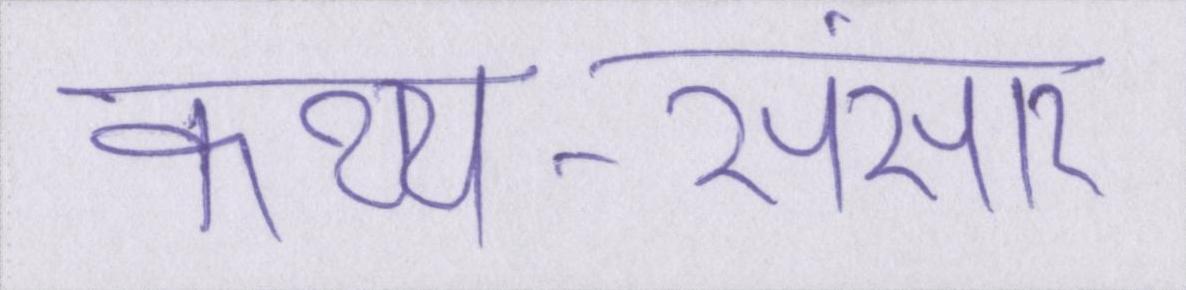
कथ्य-संसार